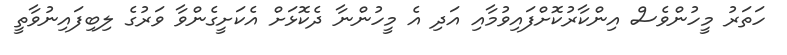
ހަތަރު މީހުންވެސް އިންކާރުކޮށްފައިވުމާއި އަދި އެ މީހުންނާ ދެކޮޅަށް އެކަށީގެންވާ ވަރުގެ ލިބިފައިނުވާތީ